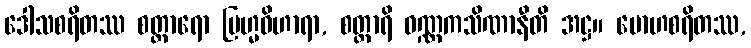
ဒေါသစရိတဿ စတ္တာရော ဗြဟ္မဝိဟာရာ, စတ္တာရိ ဝဏ္ဏကသိဏာနီတိ အဋ္ဌ။ မောဟစရိတဿ,